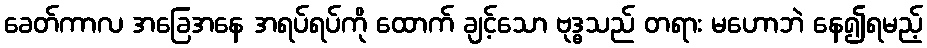
ခေတ်ကာလ အခြေအနေ အရပ်ရပ်ကို ထောက် ချင့်သော ဗုဒ္ဓသည် တရား မဟောဘဲ နေ၍ရမည့်